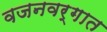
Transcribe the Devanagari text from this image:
वजनवर्गात